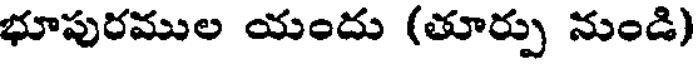
భూపురముల యందు (తూర్పు నుండి)